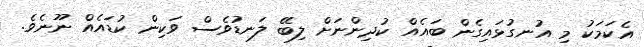
އެކަމަކު މި އުނގުޅައިގެން ބައެއް ކުދިންނަށް ލިބޭ ލަނޑުވެސް ވަކިން ކުޑައެއް ނޫނެވެ.